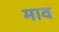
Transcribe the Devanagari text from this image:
माव